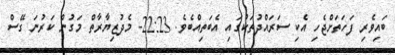
ބައިވެރި ފަހަތަށްޖެހި އެކި ސަރައްދުތަކުގައި އެބަތިއްބެވެ. 22:23- މެދުޒިޔާރާތް މަގުން ކަރުނަ ގޭސް